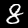
Digit: 8